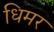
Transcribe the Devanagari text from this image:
धिमर